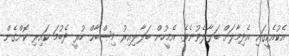
އެކުއެކީގައި އެދިމާލަށް ބަލާލެވުނެވެ. އެމީހުން ބަލާލިއިރު މިޞްބާޙް ހުރީ ދެބުމަ ކައިރި ކޮށްގެން